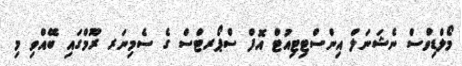
މޯލްޑިވްސް ނެޝަނަލް އިންސްޓިޓިއުޓް އޮފް ސްޕޯރޓްސް ގެ ސެމިނަރ ރޫމްގައި ބޭއްވި މި